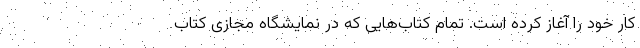
کار خود را آغاز کرده است. تمام کتاب‌هایی که در نمایشگاه مجازی کتاب